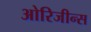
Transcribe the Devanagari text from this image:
ओरिजीन्स